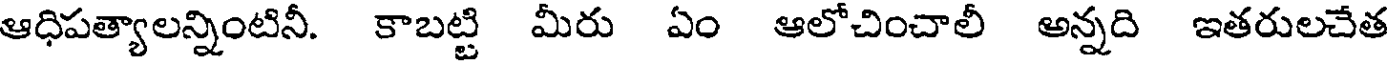
ఆధిపత్యాలన్నింటినీ. కాబట్టి మీరు ఏం ఆలోచించాలీ అన్నది ఇతరులచేత